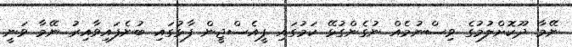
ނޭމާ ދޫކޮށްލުމުގެ ވިސްނުމެއް ނުގެންގުޅޭ ކަމުގައި ޕީއެސްޖީން ފާޅުގައި ބުނެފައިވާއިރު ނޭމާ ވަނީ